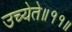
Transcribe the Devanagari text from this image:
उच्येते॥११॥